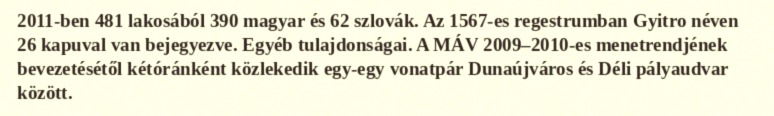
2011-ben 481 lakosából 390 magyar és 62 szlovák. Az 1567-es regestrumban Gyitro néven 26 kapuval van bejegyezve. Egyéb tulajdonságai. A MÁV 2009–2010-es menetrendjének bevezetésétől kétóránként közlekedik egy-egy vonatpár Dunaújváros és Déli pályaudvar között.